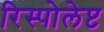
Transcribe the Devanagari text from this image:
रिस्पोलेप्ट